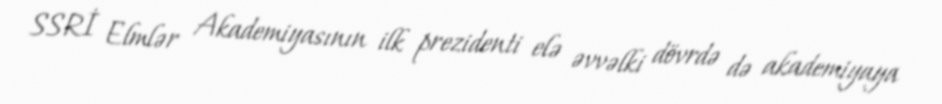
SSRİ Elmlər Akademiyasının ilk prezidenti elə əvvəlki dövrdə də akademiyaya